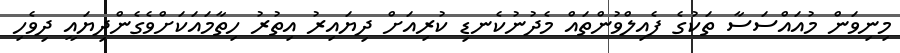
މިނިވަން މުއައްސަސާ ތަކުގެ ފެއިލްވުންތައް މެދުނުކެނޑި ކުރިއަށް ދިޔައިރު އިތުރު ހިތާމައަކަށްވެގެންދިޔައީ ދިވެހި